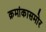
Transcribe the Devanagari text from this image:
क्रमांकासमोर